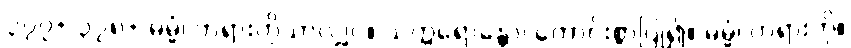
၃၇၇+ ၃၇၈+ ဓမ္မံ၊ တရားကိုသာလျှင်။ သက္ကရောန္တော၊ ကောင်းစွာပြု၍။ ဓမ္မံ၊ တရားကို။